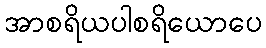
အာစရိယပါစရိယောပေ